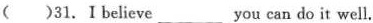
( )31.I believe_________you can do it well.